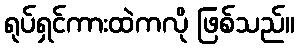
ရုပ်ရှင်ကားထဲကလို ဖြစ်သည်။